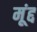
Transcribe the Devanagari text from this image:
मूंद्द